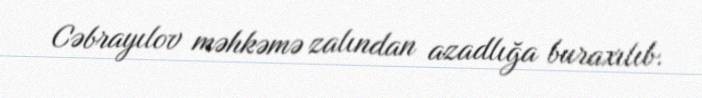
Cəbrayılov məhkəmə zalından azadlığa buraxılıb.